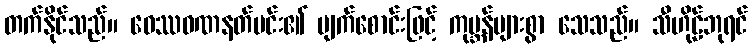
တက်နိုင်သည်။ ဝေဿဝဏနတ်မင်း၏ မျက်စောင်းဖြင့် ကုမ္ဘန်များစွာ သေသည်။ သီဟိုဠ်ဘုရင်